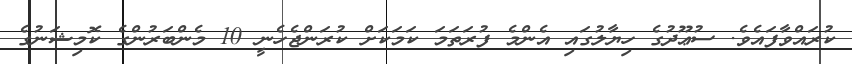
ކުރައްވާފައެވެ. ސުޢޫދުގެ ހިޔާލުގައި އެންމެ ފުރަތަމަ ކަމަކަށް ކުރަންޖެހެނީ 10 މެންބަރުންގެ ކޮމިޝަނުގެ